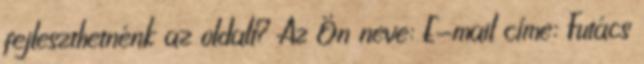
fejleszthetnénk az oldalt? Az Ön neve: E-mail címe: Futács